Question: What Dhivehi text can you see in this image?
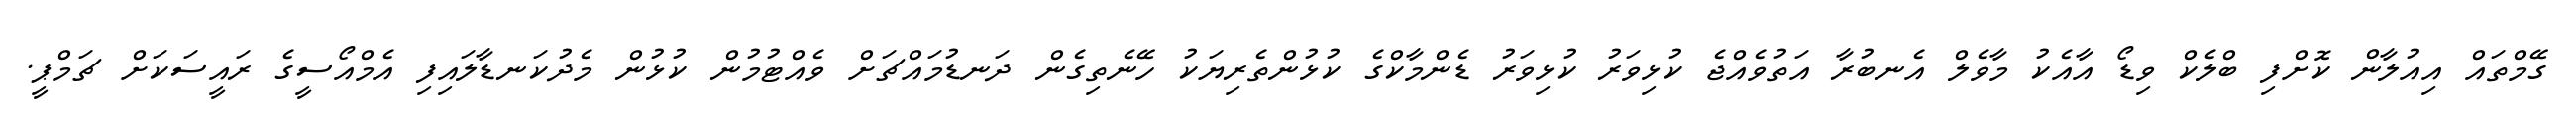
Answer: ގޭމްތައް އިއުލާން ކޮށްފި ބްލެކް ވިޑޯ އާއެކު މާވެލް އެނބުރާ އަތުވެއްޖެ ކުޅިވަރު ކުޅިވަރު ޑެންމާކްގެ ކުޅުންތެރިޔަކު ހޭނެތިގެން ދަނޑުމައްޗަށް ވެއްޓުމުން ކުޅުން މެދުކަނޑާލައިފި އެމްއޯސީގެ ރައީސަކަށް ޗަމްޕީ.